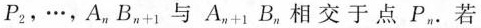
P_{2}，···，A_{n}B_{n+1}与A_{n+1}B_{n}相交于点P_{n}.若